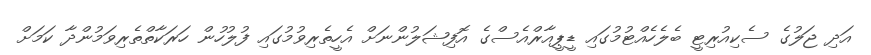
އަދި ޖަލުގެ ސެކިއުރިޓީ ބެލެހެއްޓުމުގައި ޑީޕީއާރްއެސްގެ އޮފިޝަލުންނަށް އެހީތެރިވުމުގައި ފުލުހުން ހަރަކާތްތެރިވަމުންދާ ކަމަށް